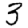
Digit: 3